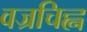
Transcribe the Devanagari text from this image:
वज्रचिह्न